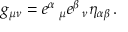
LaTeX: g _ { \mu \nu } = e ^ { \alpha } \, _ { \mu } e ^ { \beta } \, _ { \nu } \eta _ { \alpha \beta } \, .